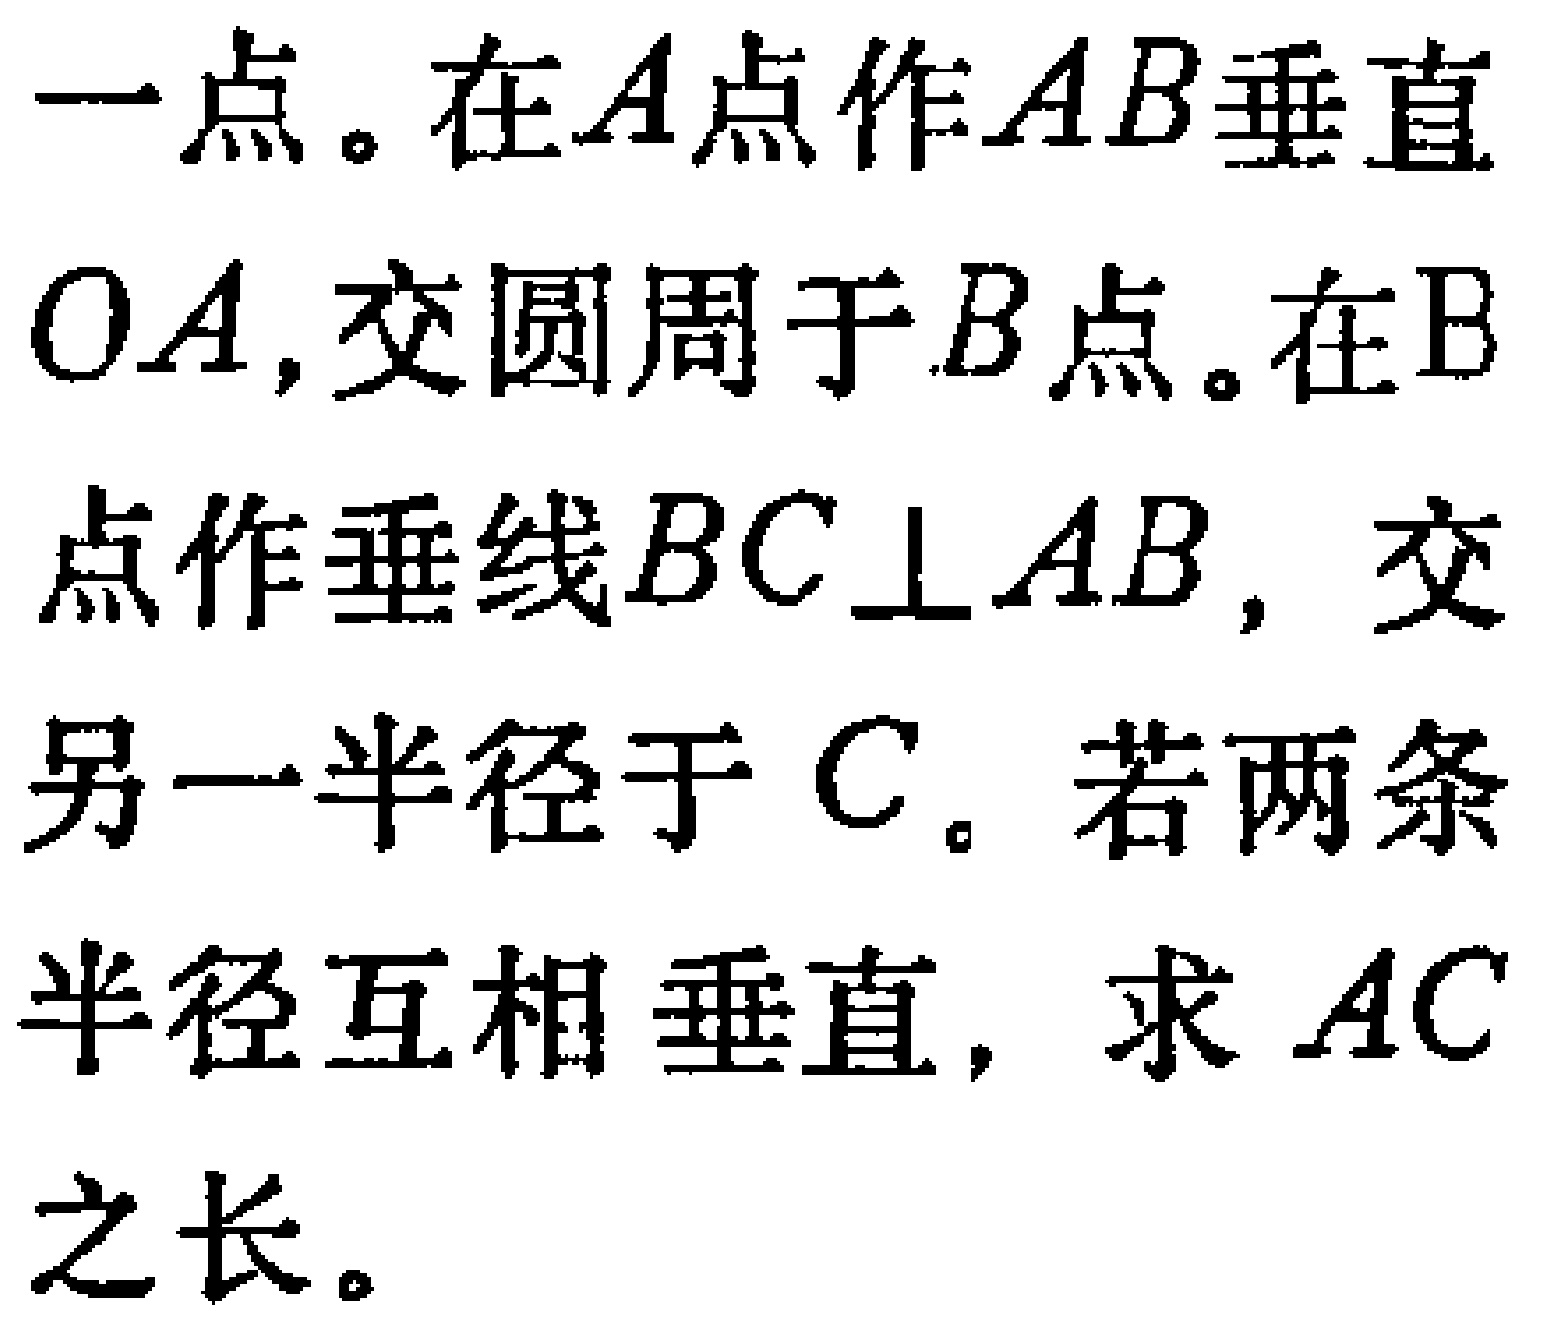
一点。在\(A\)点作\(AB\)垂直\(OA\)，交圆周于\(B\)点。在\(B\)点作垂线\(BC\perp AB\)，交另一半径于\(C\)。若两条半径互相垂直，求\(AC\)之长。